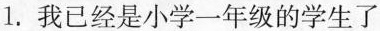
1.我已经是小学一年级的学生了